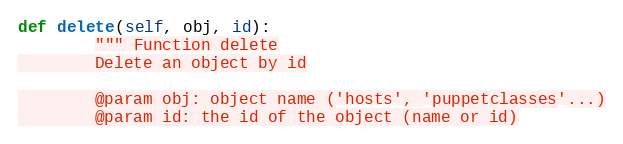
Language: Python
def delete(self, obj, id):
        """ Function delete
        Delete an object by id

        @param obj: object name ('hosts', 'puppetclasses'...)
        @param id: the id of the object (name or id)